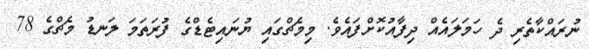
ނުރައްކާތެރި ދެ ހަމަލައެއް ދިފާއުކޮށްފައެވެ. މިމެޗްގައި ޔުނައިޓެޑްގެ ފުރަތަމަ ލަނޑު މެޗްގެ 78